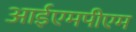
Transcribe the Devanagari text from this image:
आईएमपीएम